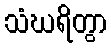
သံဃရိတွာ